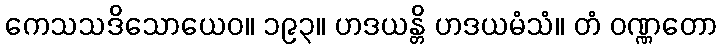
ကေသသဒိသောယေဝ။ ၁၉၃။ ဟဒယန္တိ ဟဒယမံသံ။ တံ ဝဏ္ဏတော